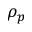
\rho _ { p }